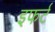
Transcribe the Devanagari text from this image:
इफर्ट